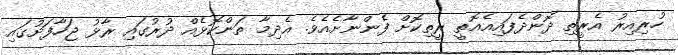
ހުރިއިރު އެރީތި ދޮންދެފައިއެއޮތީ ރީތިކޮށް ފެންނާށެއެވެ. އެދިމާ ތަންކޮޅެއް ދުރުގައި ރާޅު ޖަހާފަށުގައި